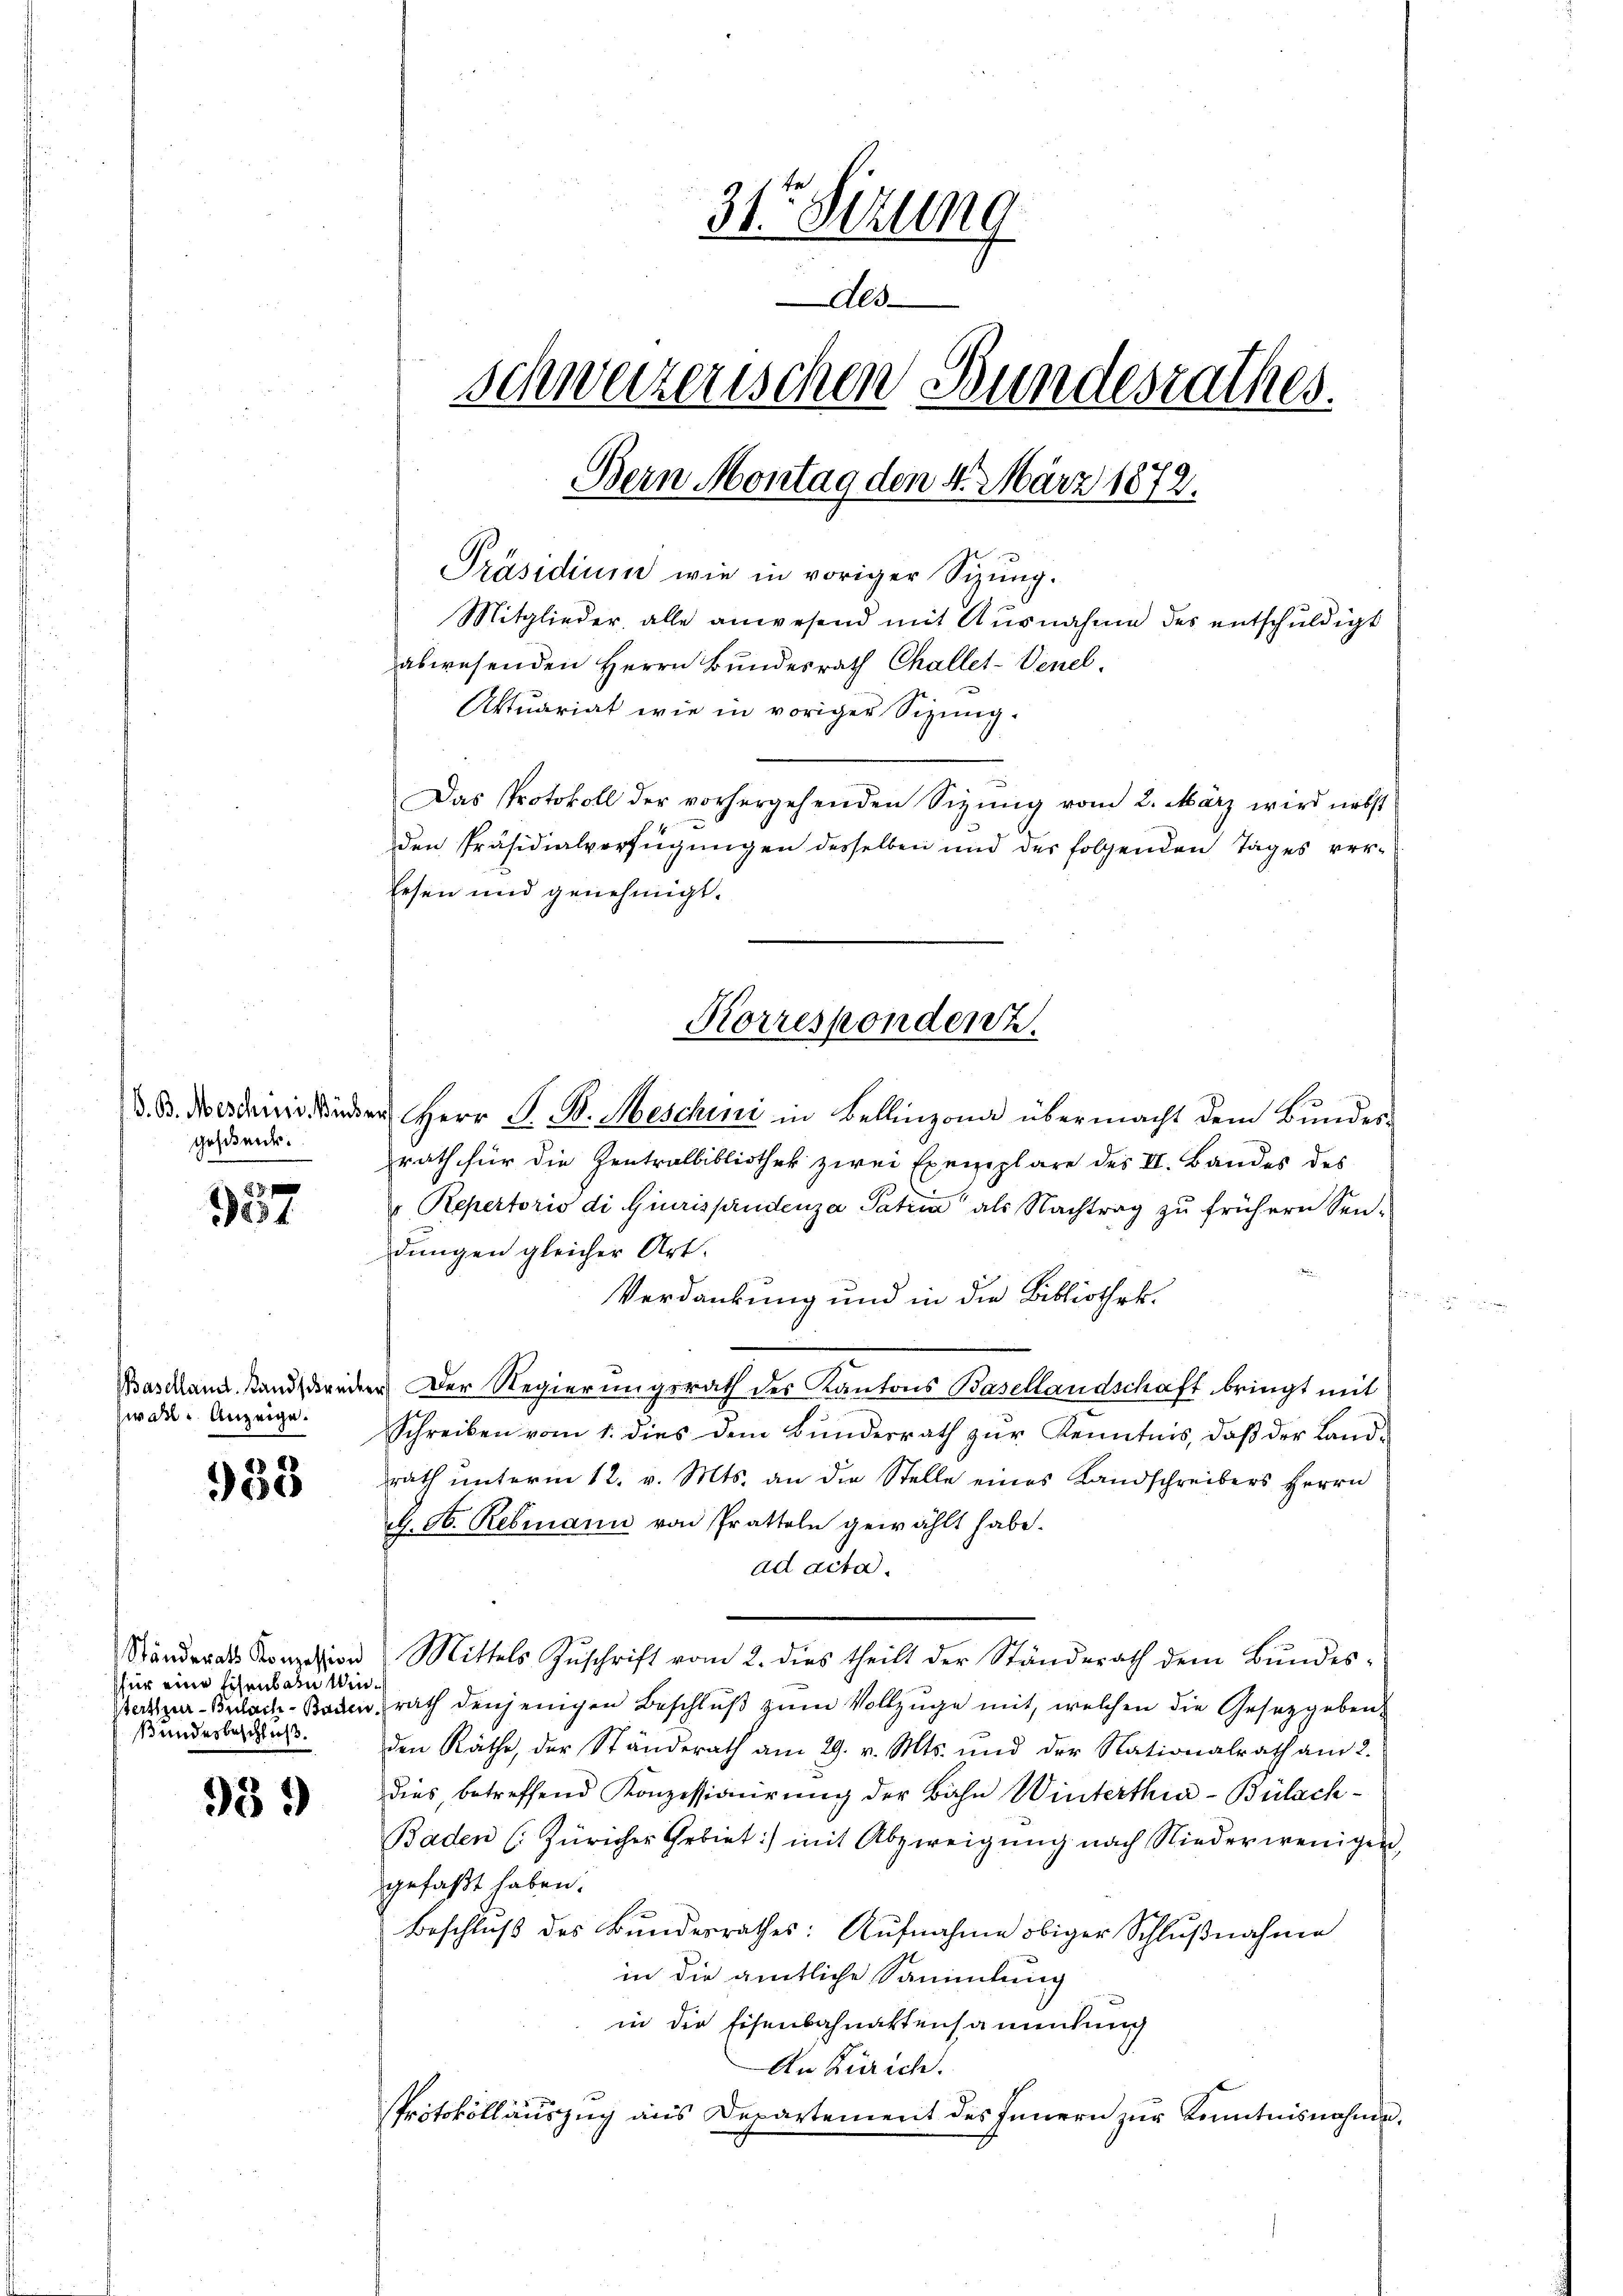
gehende.

27 x
1831.

Baselland Landschreib
wal Anzeige.

933

Eesen und genehmigt.

Ständerath Konzession
für eine Eisenbare Win¬
Bundesbeschluß.

539)

31ten Sitzung
Als
schweizerischen Bundesrathes.
Bern Montag den 4. März 1872.
Präsidium wie in voriger Sitzung.
Mitglieder, alle anwesend mit Ausnahme des entschuldigt
abwesenden Herrn Bundesrath Challet-Venel
Aktuariat wie in voriger Sizung.
Das Protokoll der vorhergehenden Sizŭng vom 2. März wird nebst

den Präsidialverfügungen desselben und der folgenden Tages verd. B. Nordinander Herr P. B. Abeschini in Bellinzona übermacht dem Bundesrath für die Zentralbibliothek zwei Exemplare des II. Bandes des
" Repertorio di Giurisprudenza Patria“ als Nachtrag zu frühern Sendungen gleicher Art.
Verdankung und in die Bibliothek.
es
Der Regierungsrath des Kantons Basellandschaft bringt mit
Schreiben vom 1. dies dem Bundesrath zur Kenntnis, daß der Landrath ŭnterm 12. v. Mts. an die Stelle eines Landschreibers Herrn
h. N. Rebmann von Pratteln gewählt habe.
ad acta.
Mittels Zuschrift vom 2. dies theilt der Ständerath dem Bundes¬
Beckzuer-Bulach Bauerrath denjenigen Beschluß zum Vollzuge mit, welchen die Gesetzgeben
den Räthe, der Ständerath am 29. v. Mts. und der Nationalrath am 2.
dies, betreffend Konzessionirung der Bahn Winterthur–Bülach¬
Baden (: Züricher Erbiet:/ mit Abzweigung nach Niederwenigen,
gefaßt haben.
Beschluß des Bundesrathes: Aŭfnahme obiger Schlŭβnahmen
in die amtliche Sammlung
in die Eisenbahnattensammlung
An Zürich.
Protokollauszug aus Departement des Innern zur Kenntnisnahme.

Korrespondenz.